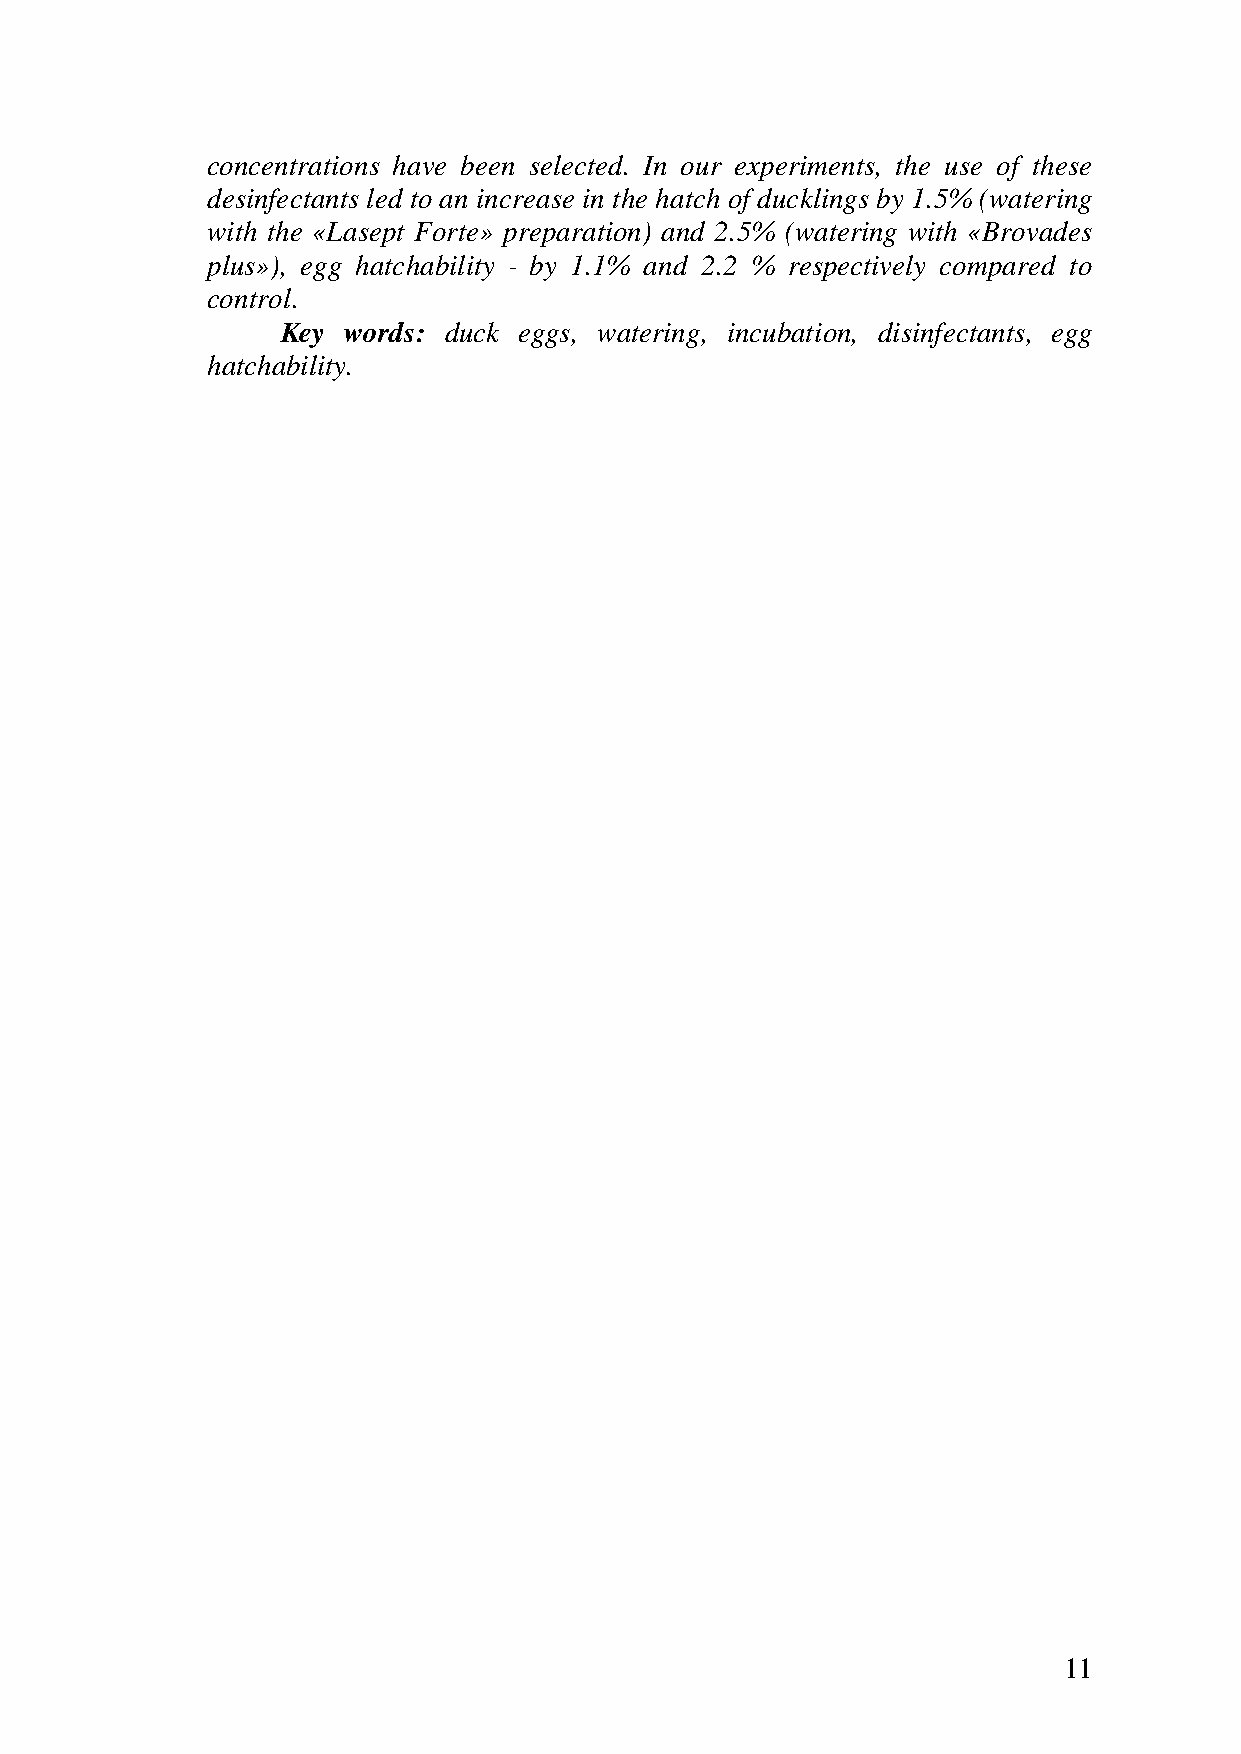
concentrations have been selected. In our experiments, the use of these
 desinfectants led to an increase in the hatch of ducklings by 1.5% (watering
 with the «Lasept Forte» preparation) and 2.5% (watering with «Brovades
 plus»), egg hatchability - by 1.1% and 2.2 % respectively compared to
 control.
 Key words: duck eggs, watering, incubation, disinfectants, egg
 hatchability.
 11